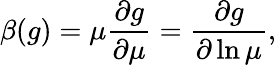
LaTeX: \beta(g)=\mu{\frac{\partial g}{\partial\mu}}={\frac{\partial g}{\partial\ln\mu}},